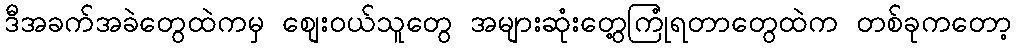
ဒီအခက်အခဲတွေထဲကမှ စျေးဝယ်သူတွေ အများဆုံးတွေ့ကြုံရတာတွေထဲက တစ်ခုကတော့